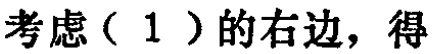
考虑（1）的右边，得